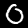
Digit: 0